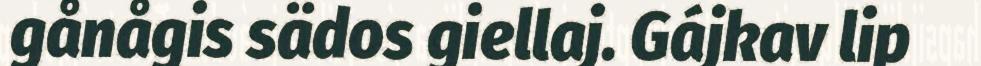
gånågis sädos giellaj. Gájkav lip